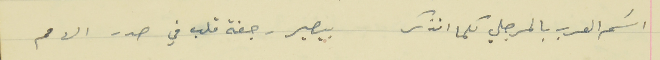
اسَم العرب بالمرجلي كلما انذكر                                  بيصير رجفة قلب في صدر الامم